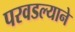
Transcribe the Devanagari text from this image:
परवडल्याने